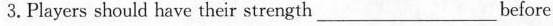
3.Players should have their strength ___before